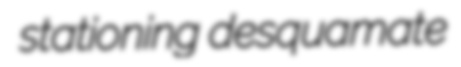
stationing desquamate